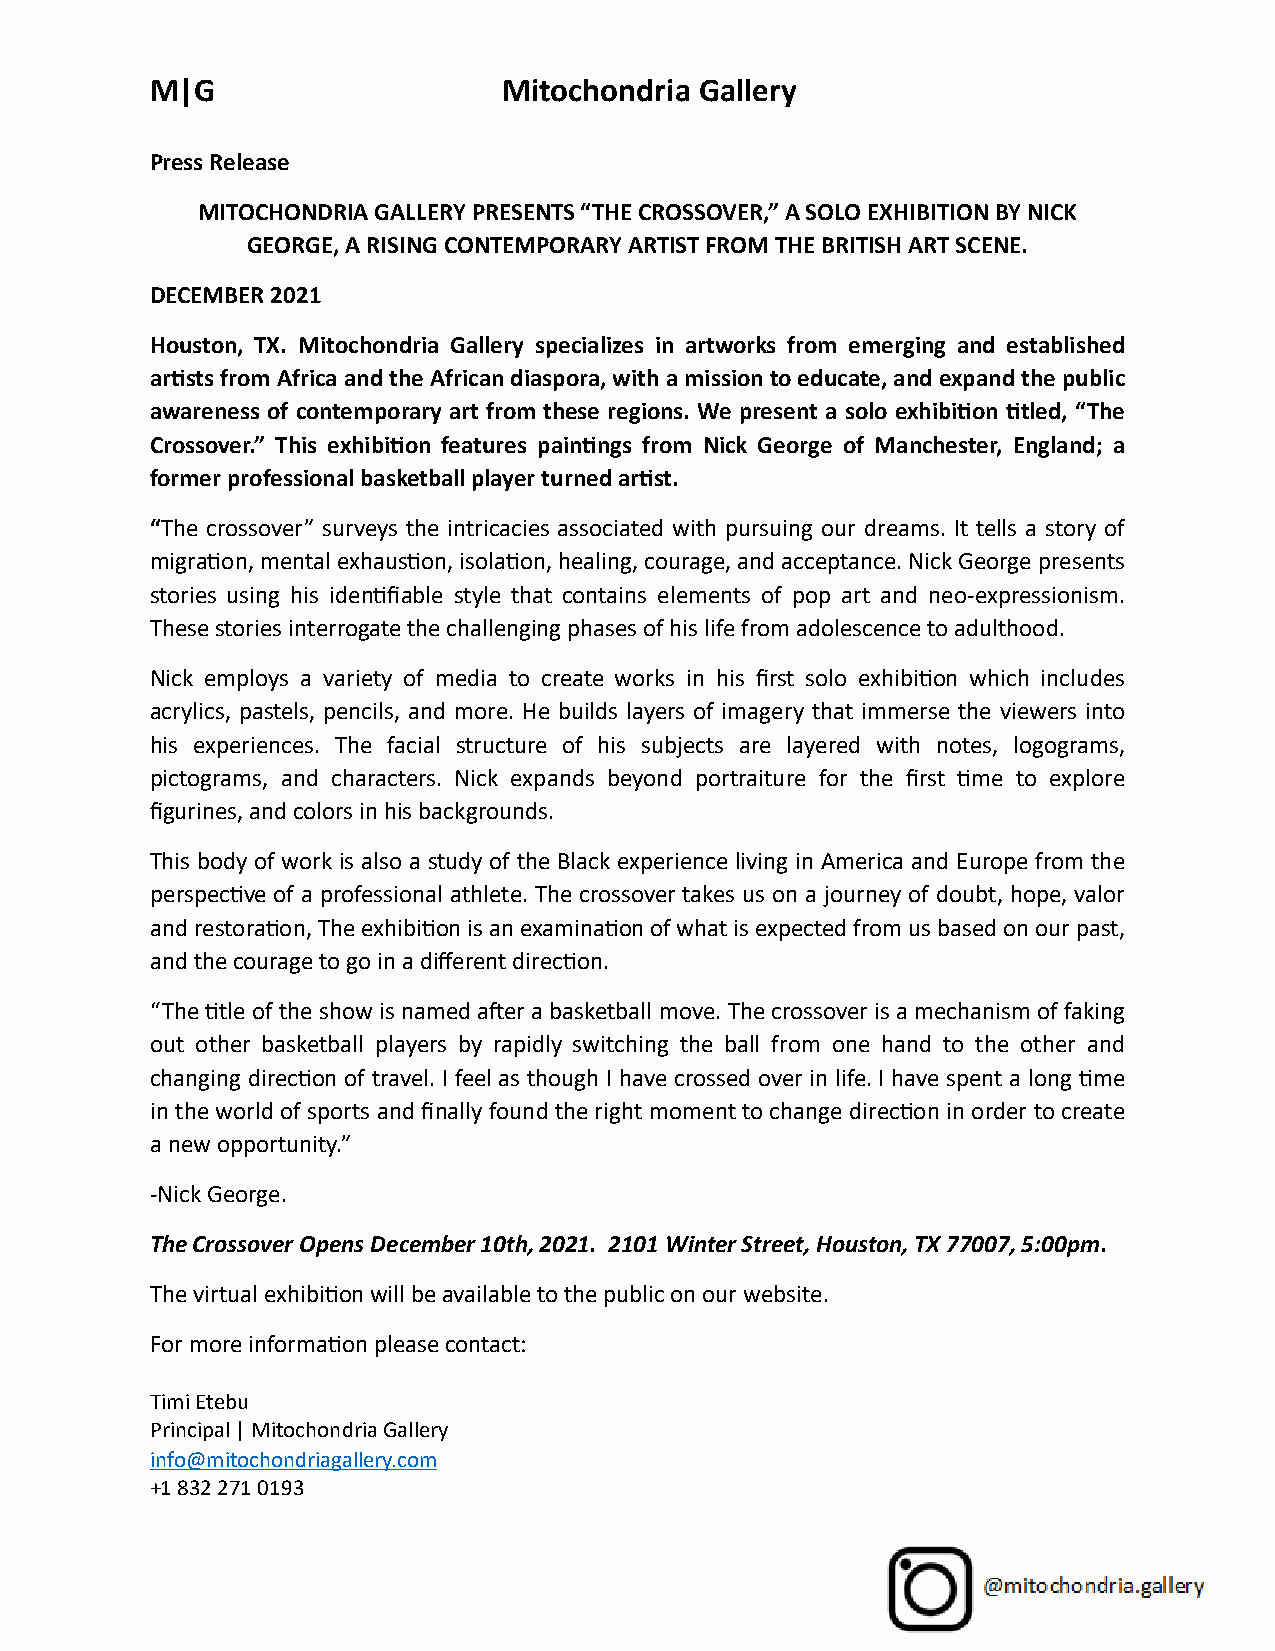
M|G                    Mitochondria Gallery
 Press Release
 MITOCHONDRIA GALLERY PRESENTS “THE CROSSOVER,” A SOLO EXHIBITION BY NICK
 GEORGE, A RISING CONTEMPORARY ARTIST FROM THE BRITISH ART SCENE.
 DECEMBER 2021
 Houston, TX. Mitochondria Gallery specializes in artworks from emerging and established
 arUsts from Africa and the African diaspora, with a mission to educate, and expand the public
 awareness of contemporary art from these regions. We present a solo exhibiUon Utled, “The
 Crossover.” This exhibiUon features painUngs from Nick George of Manchester, England; a
 former professional basketball player turned arUst.
 “The crossover” surveys the intricacies associated with pursuing our dreams. It tells a story of
 migra:on, mental exhaus:on, isola:on, healing, courage, and acceptance. Nick George presents
 stories using his iden:fiable style that contains elements of pop art and neo-expressionism.
 These stories interrogate the challenging phases of his life from adolescence to adulthood.
 Nick employs a variety of media to create works in his first solo exhibi:on which includes
 acrylics, pastels, pencils, and more. He builds layers of imagery that immerse the viewers into
 his experiences. The facial structure of his subjects are layered with notes, logograms,
 pictograms, and characters. Nick expands beyond portraiture for the first :me to explore
 figurines, and colors in his backgrounds.
 This body of work is also a study of the Black experience living in America and Europe from the
 perspec:ve of a professional athlete. The crossover takes us on a journey of doubt, hope, valor
 and restora:on, The exhibi:on is an examina:on of what is expected from us based on our past,
 and the courage to go in a different direc:on.
 “The :tle of the show is named aJer a basketball move. The crossover is a mechanism of faking
 out other basketball players by rapidly switching the ball from one hand to the other and
 changing direc:on of travel. I feel as though I have crossed over in life. I have spent a long :me
 in the world of sports and finally found the right moment to change direc:on in order to create
 a new opportunity.”
 -Nick George.
 The Crossover Opens December 10th, 2021. 2101 Winter Street, Houston, TX 77007, 5:00pm.
 The virtual exhibi:on will be available to the public on our website.
 For more informa:on please contact:
 Timi Etebu
 Principal | Mitochondria Gallery
 info@mitochondriagallery.com
 +1 832 271 0193